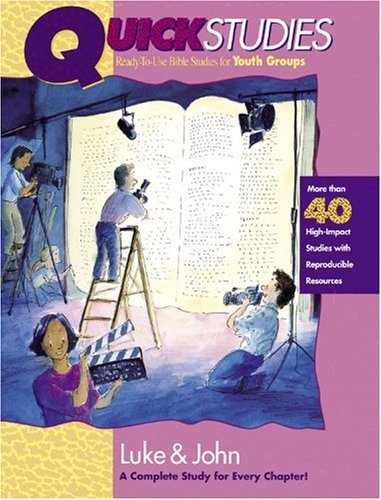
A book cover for Quick Studies - Luke & John; Christian Books & Bibles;